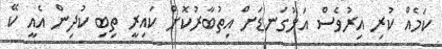
ކަމެއް ކުރި އިރުވެސް އަޅުގަނޑަށް އިތުބާރުކޮށް ކައިރީ ތިބި ކުދިން އެއީ ކޭ